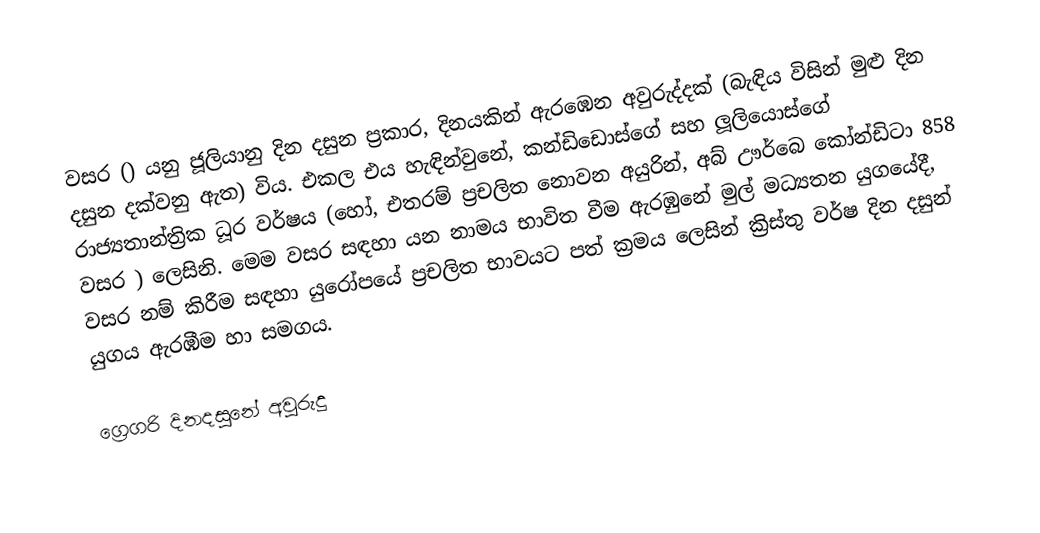

වසර   () යනු  ජූලියානු දින දසුන ප්‍රකාර,    දිනයකින් ඇරඹෙන  අවුරුද්දක්   (බැඳිය විසින් මුළු දින දසුන දක්වනු ඇත)  විය. එකල එය හැඳින්වුනේ, 	කන්ඩිඩොස්ගේ	 සහ 	ලූලියොස්ගේ	  රාජ්‍යතාන්ත්‍රික  ධූර වර්ෂය  (හෝ, එතරම් ප්‍රචලිත නොවන අයුරින්,  අබ් ඌර්බෙ කෝන්ඩිටා 	858	  වසර  ) ලෙසිනි. මෙම වසර සඳහා   යන නාමය භාවිත වීම ඇරඹුනේ මුල් මධ්‍යතන යුගයේදී, වසර නම් කිරීම සඳහා යුරෝපයේ ප්‍රචලිත භාවයට පත් ක්‍රමය ලෙසින් ක්‍රිස්තු වර්ෂ දින දසුන් යුගය ඇරඹීම හා සමගය.

ග්‍රෙගරි දිනදසුනේ අවුරුදු